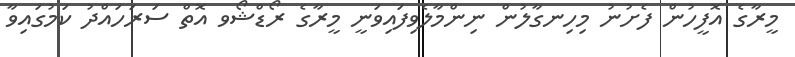
މީރާގެ އޮފީހުން ފެށުނު މިހިނގާލުން ނިންމާލެވިފައިވަނީ މީރާގެ ރޯޑްޝޯވ އޮތް ސަރަހައްދު ކަމުގައިވާ